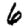
Digit: 6